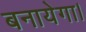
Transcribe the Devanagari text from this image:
बनायेगा।